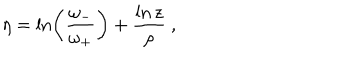
\eta = \ln \left( \frac { \omega _ { - } } { \omega _ { + } } \right) + \frac { \ln z } { \rho } \ ,